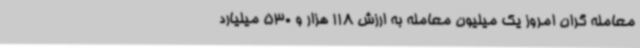
معامله گران امروز یک میلیون معامله به ارزش 118 هزار و 530 میلیارد